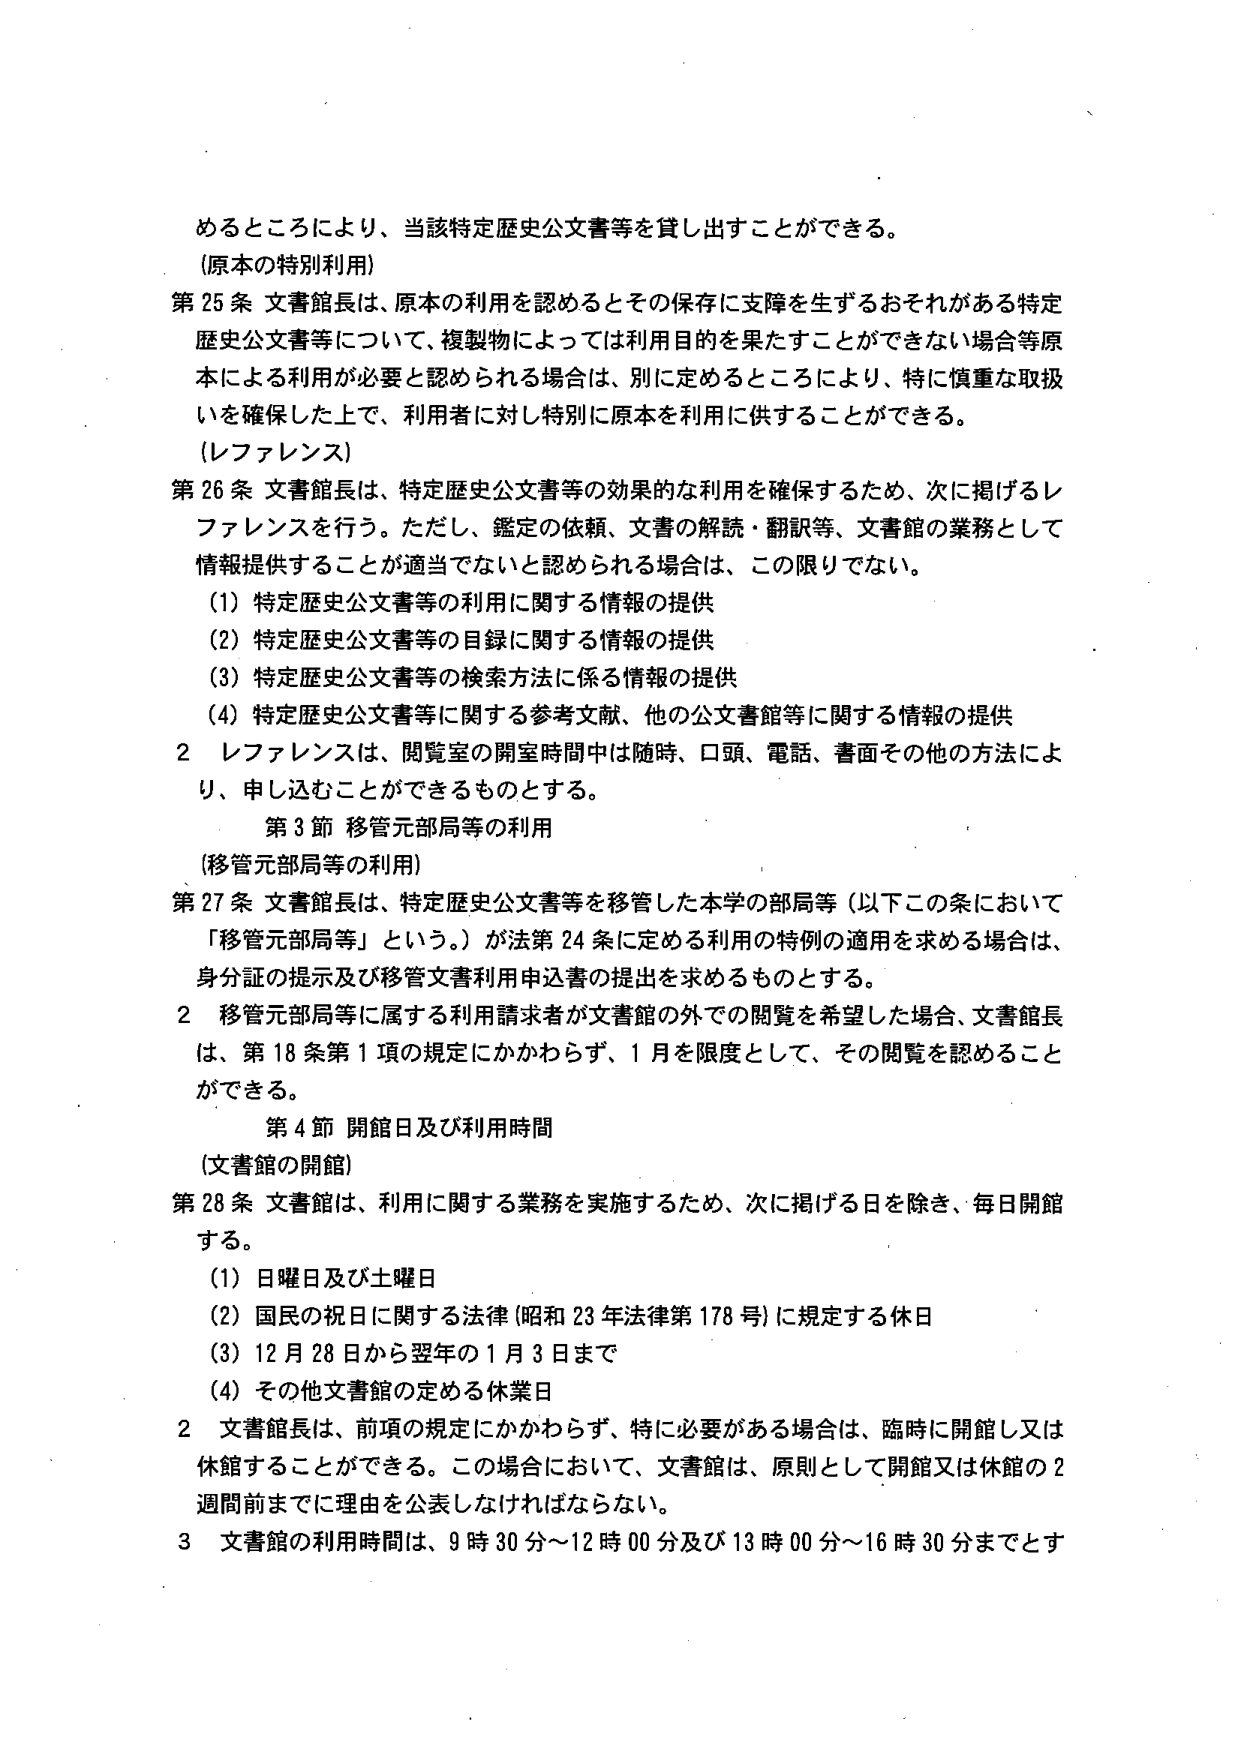
めるところにより、当該特定歴史公文書等を貸し出すことができる。
（原本の特別利用）
第25条 文書館長は、原本の利用を認めるときその保存に支障を生ずるおそれがある特定歴史公文書等について、複製物によっては利用目的を果たすことができない場合等原本による利用が必要と認められる場合は、別に定めるところにより、特に慎重な取扱いを確保した上で、利用者に対し特別に原本を利用に供することができる。
（レファレンス）
第26条 文書館長は、特定歴史公文書等の効果的な利用を確保するため、次に掲げるレファレンスを行う。ただし、鑑定の依頼、文書の解読・翻訳等、文書館の業務として情報提供することが適当でないと認められる場合は、この限りでない。
（1）特定歴史公文書等の利用に関する情報の提供
（2）特定歴史公文書等の目録に関する情報の提供
（3）特定歴史公文書等の検索方法に係る情報の提供
（4）特定歴史公文書等に関する参考文献、他の公文書館等に関する情報の提供
2 レファレンスは、閲覧室の開室時間中は随時、口頭、電話、書面その他の方法により、申し込むことができるものとする。
第3節 移管元部局等の利用
（移管元部局等の利用）
第27条 文書館長は、特定歴史公文書等を移管した本学の部局等（以下この条において「移管元部局等」という。）が法第24条に定める利用の特例の適用を求める場合は、身分証の提示及び移管文書利用申込書の提出を求めるものとする。
2 移管元部局等に属する利用請求者が文書館の外での閲覧を希望した場合、文書館長は、第18条第1項の規定にかかわらず、1月を限度として、その閲覧を認めることができる。
第4節 開館日及び利用時間
（文書館の開館）
第28条 文書館は、利用に関する業務を実施するため、次に掲げる日を除き、毎日開館する。
（1）日曜日及び土曜日
（2）国民の祝日に関する法律（昭和23年法律第178号）に規定する休日
（3）12月28日から翌年の1月3日まで
（4）その他文書館の定める休業日
2 文書館長は、前項の規定にかかわらず、特に必要がある場合は、臨時に開館し又は休館することができる。この場合において、文書館は、原則として開館又は休館の2週間前までに理由を公表しなければならない。
3 文書館の利用時間は、9時30分～12時00分及び13時00分～16時30分までとする